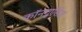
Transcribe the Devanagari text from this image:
कॉनग्रुएँसेज़